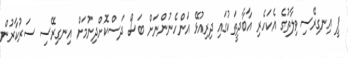
ޕީ އިނގިރޭސިވިލާތުގެ އެކަހެރި އާބާދީތަކުގައި ދިރިއުޅޭ އަންހެނުންނަށް ބަސް ދަސްކޮށްދިނުމަށް އިނގިރޭސި ސަރުކާރުން